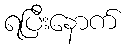
ရပြီးနောက်